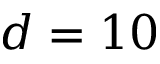
d = 1 0